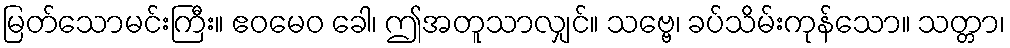
မြတ်သောမင်းကြီး။ ဧဝမေဝ ခေါ၊ ဤအတူသာလျှင်။ သဗ္ဗေ၊ ခပ်သိမ်းကုန်သော။ သတ္တာ၊